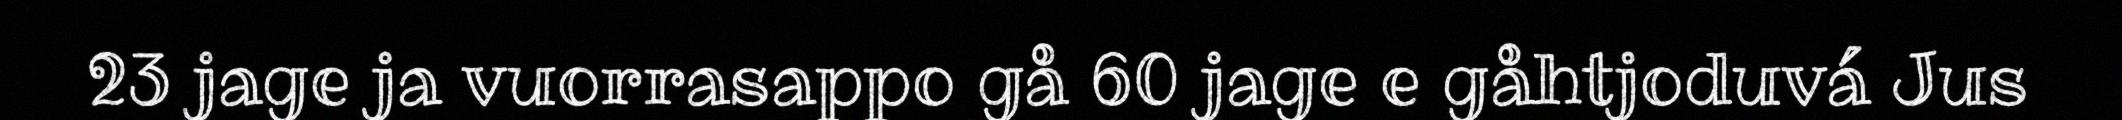
23 jage ja vuorrasappo gå 60 jage e gåhtjoduvá Jus